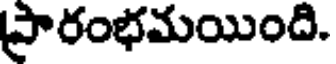
ప్రారంభమయింది.